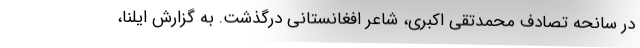
در سانحه تصادف محمدتقی اکبری، شاعر افغانستانی درگذشت. به گزارش ایلنا،